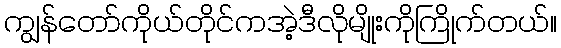
ကျွန်တော်ကိုယ်တိုင်ကအဲ့ဒီလိုမျိုးကိုကြိုက်တယ်။